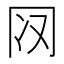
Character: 𰃨